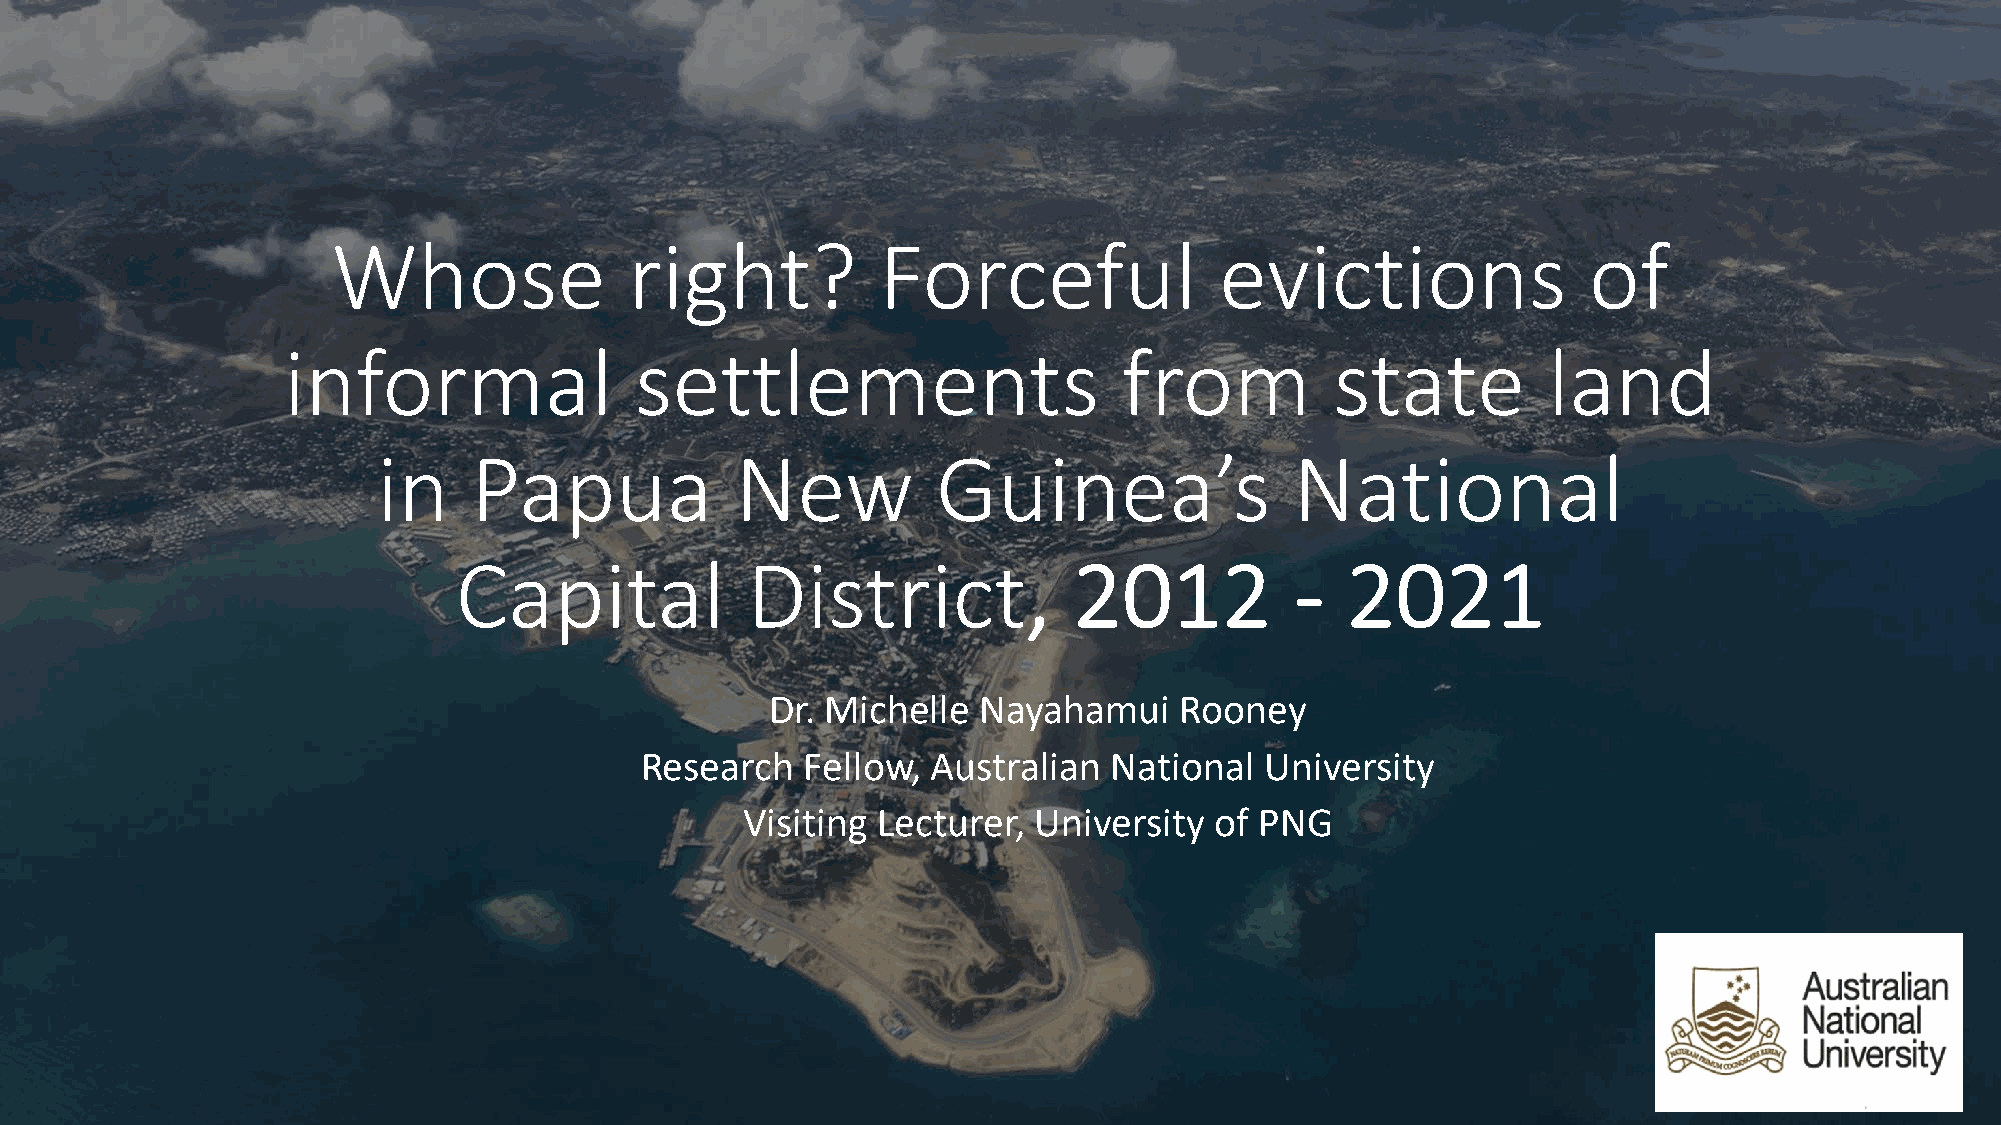
Whose               right?          Forceful               evictions               of
 informal               settlements                     from          state         land
 in    Papua             New          Guinea’s                National
 Capital            District,             2012           -  2021
 Dr. Michelle  Nayahamui    Rooney
 Research   Fellow,  Australian  National  University
 Visiting Lecturer, University  of PNG